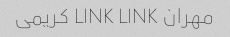
مهران LINK LINK کریمی